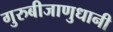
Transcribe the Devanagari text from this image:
गुरुबीजाणुधानी